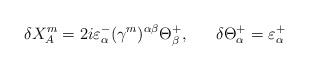
LaTeX: \begin{align*}\delta{X^{m}_{A}}=2i\varepsilon^{-}_{\alpha}(\gamma^{m})^{\alpha\beta}\Theta^{+}_{\beta},\ \ \ \ \ \delta\Theta^{+}_{\alpha}=\varepsilon^{+}_{\alpha}\end{align*}